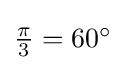
{\textstyle {\frac {\pi }{3}}=60^{\circ }}